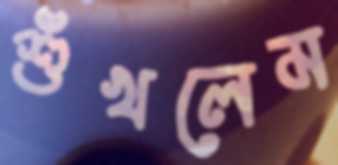
শুঁখলেম